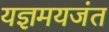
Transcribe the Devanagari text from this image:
यज्ञमयजंत